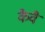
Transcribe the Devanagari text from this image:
कैवै